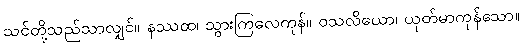
သင်တို့သည်သာလျှင်။ နဿထ၊ သွားကြလေကုန်။ ဝသလိယော၊ ယုတ်မာကုန်သော။